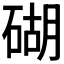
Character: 𥔓